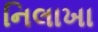
નિલાખા